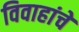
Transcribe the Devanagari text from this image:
विवाहांचे